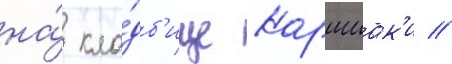
на́ кла́дб'ище каршиак'и //